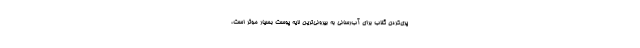
پری‌کردن گلاب برای آب‌رسانی به بیرونی‌ترین لایه پوست بسیار مؤثر است،